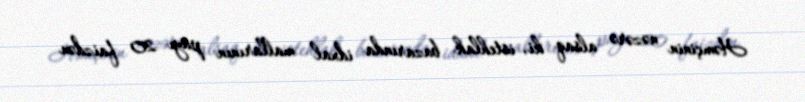
Həmçinin nəzərə alsaq ki, istehlak bazarında idxal mallarının payı 20 faizdən